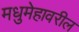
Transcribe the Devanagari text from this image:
मधुमेहावरील